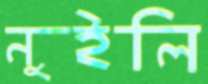
নুইলি